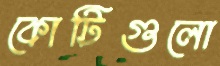
কোটিগুলো